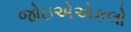
જોઇએએકલો